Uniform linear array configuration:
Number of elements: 32
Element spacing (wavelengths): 0.75
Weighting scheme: cosine
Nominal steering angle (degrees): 45
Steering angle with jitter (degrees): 45.679
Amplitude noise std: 0.05
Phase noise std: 0.05

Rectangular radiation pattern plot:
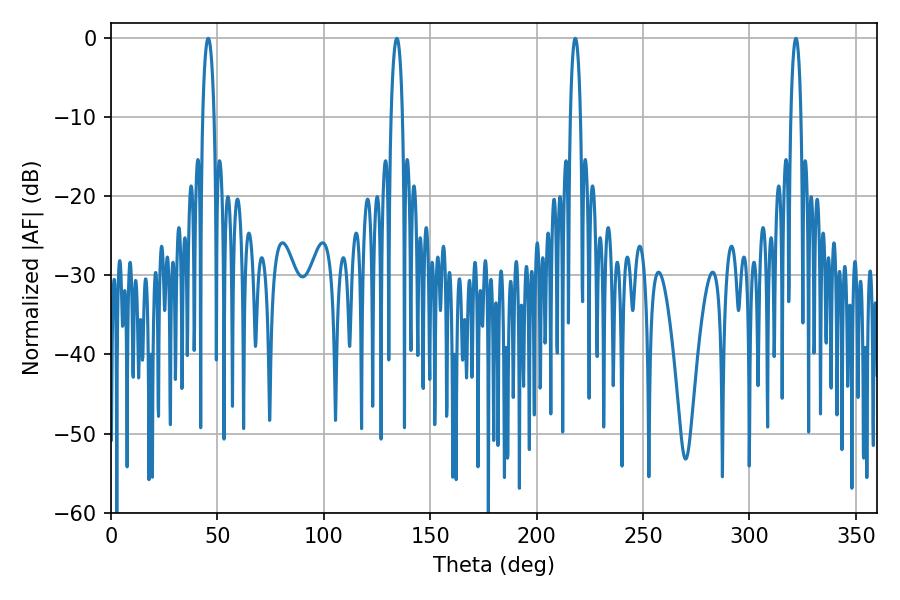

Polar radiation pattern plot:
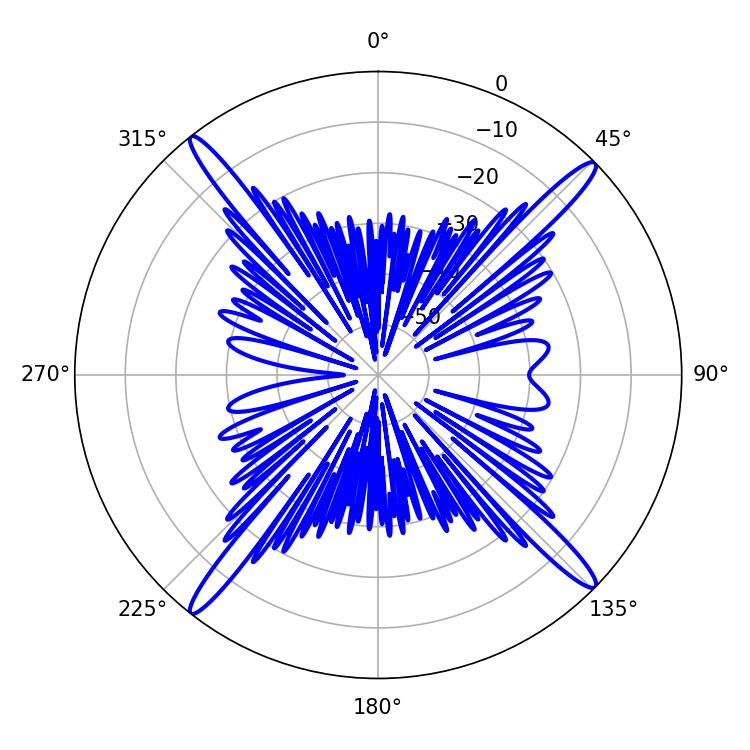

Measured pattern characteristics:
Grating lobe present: TRUE
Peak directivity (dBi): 19.893
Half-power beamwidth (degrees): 2.52
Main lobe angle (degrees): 218.16